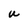
Character: U